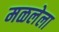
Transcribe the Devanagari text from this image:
मळलेला